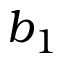
b _ { 1 }